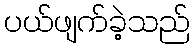
ပယ်ဖျက်ခဲ့သည်